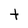
Character: t